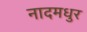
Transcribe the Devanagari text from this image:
नादमधुर